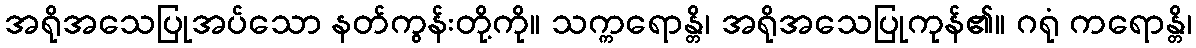
အရိုအသေပြုအပ်သော နတ်ကွန်းတို့ကို။ သက္ကရောန္တိ၊ အရိုအသေပြုကုန်၏။ ဂရုံ ကရောန္တိ၊